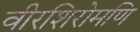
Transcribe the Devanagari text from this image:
वीरशिरोमणि